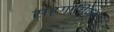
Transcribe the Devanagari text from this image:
सहगायिका